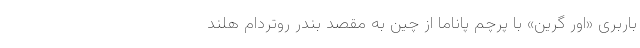
باربری «اور گرین» با پرچم پاناما از چین به مقصد بندر روتردام هلند